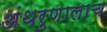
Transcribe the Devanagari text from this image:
अंथरुणालाच